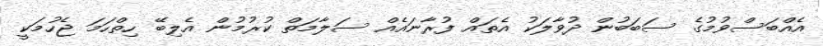
އެއްބަސްވުމުގެ ސަބަބުން ދުވާލަކު އެތައް ފުރާނައެއް ސަލާމަތް ކުރުމުން އެލިބޭ ހިތްހަމަ ޖެހުމަކީ